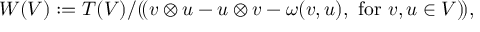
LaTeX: W ( V ) : = T ( V ) / ( \! ( v \otimes u - u \otimes v - \omega ( v , u ) , { \mathrm { ~ f o r ~ } } v , u \in V ) \! ) ,